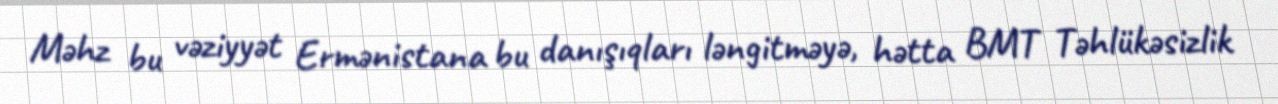
Məhz bu vəziyyət Ermənistana bu danışıqları ləngitməyə, hətta BMT Təhlükəsizlik